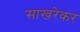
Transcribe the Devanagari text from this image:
साखरेकर